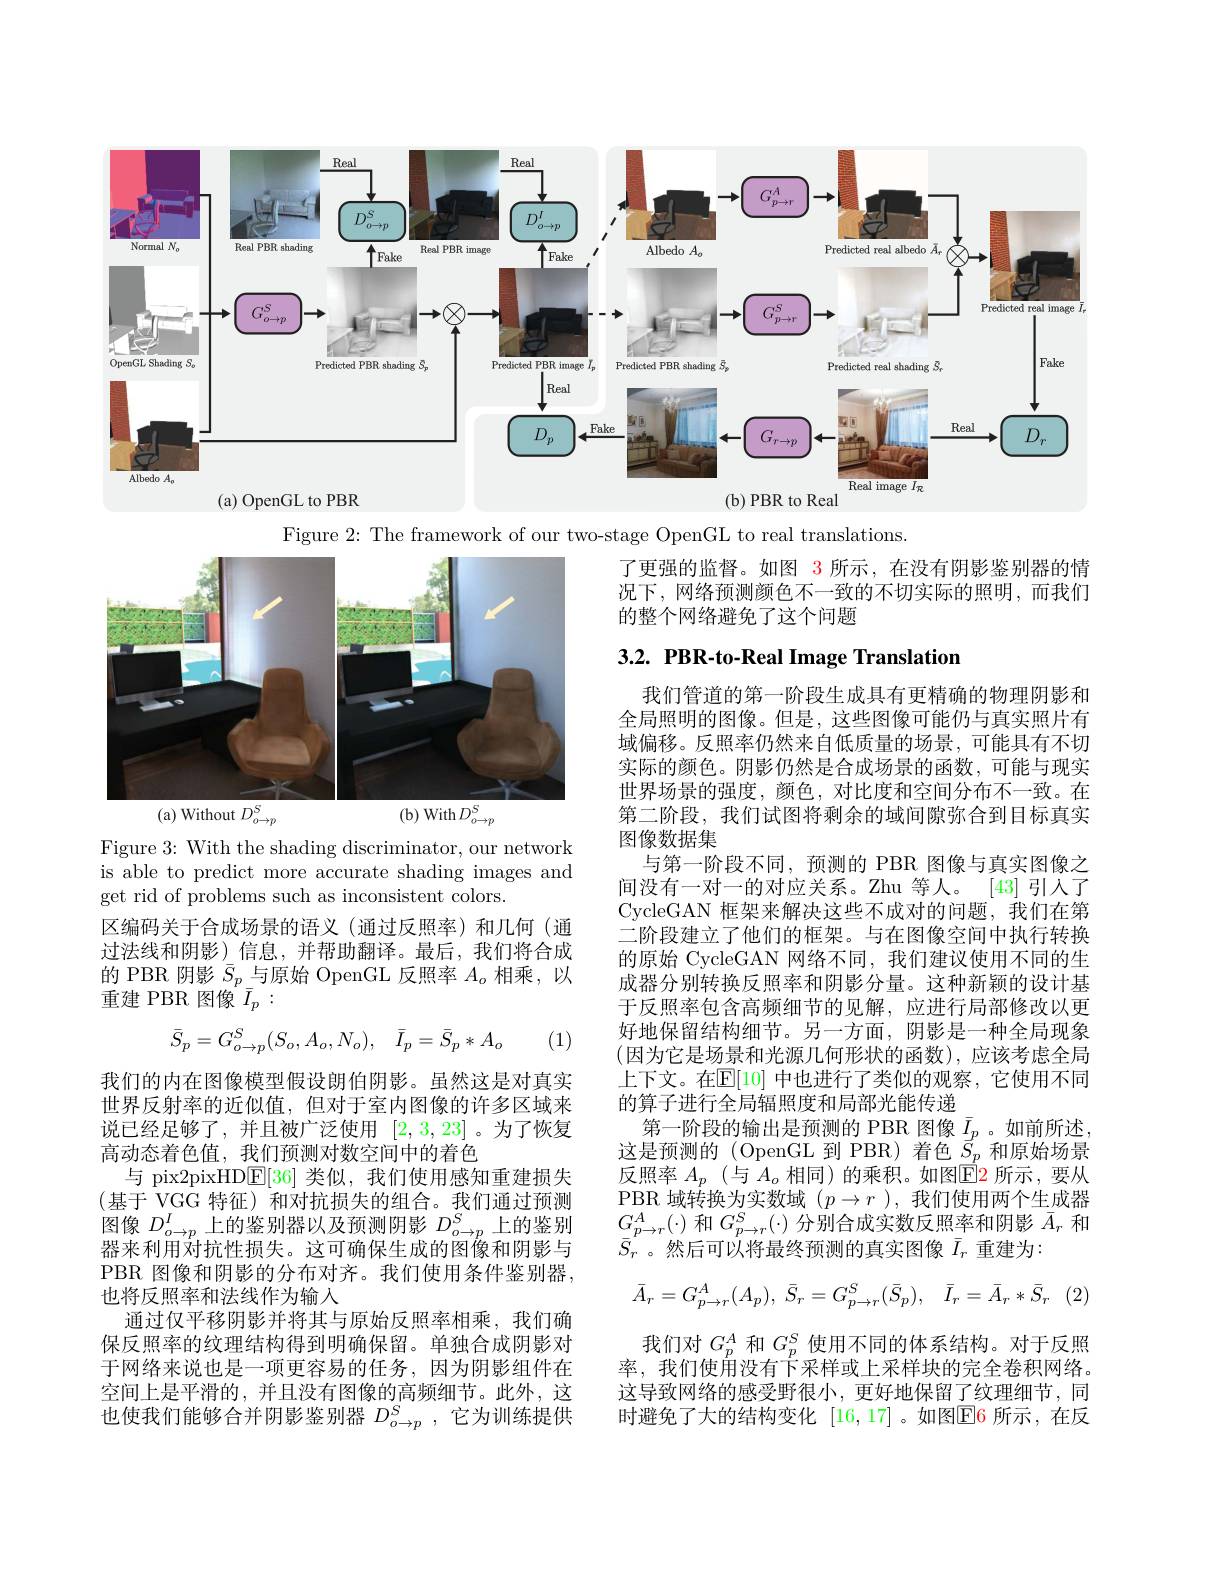
<FigureHere>

Figure 2: The framework of our two-stage OpenGL to real translations.

了更强的监督。如图 3 所示，在没有阴影鉴别器的情况下，网络预测颜色不一致的不切实际的照明，而我们的整个网络避免了这个问题

## 3.2. PBR-to-Real Image Translation

<FigureHere>

Figure 3: With the shading discriminator, our network is able to predict more accurate shading images and get rid of problems such as inconsistent colors.
区编码关于合成场景的语义(通过反照率)和几何(通过法线和阴影)信息，并帮助翻译。最后，我们将合成的 PBR 阴影$\bar{S}_p$与原始 OpenGL 反照率$A_o$相乘，以重建 PBR 图像$\bar{I}_p:$
$$\bar{S}_{p}=G_{o\to p}^{S}(S_{o},A_{o},N_{o}),\quad\bar{I}_{p}=\bar{S}_{p}*A_{o}$$
(1)

我们管道的第一阶段生成具有更精确的物理阴影和全局照明的图像。但是，这些图像可能仍与真实照片有域偏移。反照率仍然来自低质量的场景，可能具有不切实际的颜色。阴影仍然是合成场景的函数，可能与现实世界场景的强度，颜色，对比度和空间分布不一致。在第二阶段，我们试图将剩余的域间隙弥合到目标真实图像数据集
与第一阶段不同，预测的 PBR 图像与真实图像之间没有一对一的对应关系。Zhu 等人。[43]引人了CycleGAN 框架来解决这些不成对的问题，我们在第二阶段建立了他们的框架。与在图像空间中执行转换的原始 CycleGAN 网络不同，我们建议使用不同的生成器分别转换反照率和阴影分量。这种新颖的设计基于反照率包含高频细节的见解，应进行局部修改以更好地保留结构细节。另一方面，阴影是一种全局现象(因为它是场景和光源几何形状的函数),应该考虑全局上下文。在$\mathbb{E}[10]$ 中也进行了类似的观察，它使用不同的算子进行全局辐照度和局部光能传递
第一阶段的输出是预测的 PBR 图像$\bar{I}_p$ 。如前所述这是预测的(OpenGL到PBR)着色$\underline{S}_{p}$和原始场景反照率$A_p$ (与$A_o$相同)的乘积。如图$\overline{\mathbb{E}}$所示，要从PBR 域转换为实数域$(p\to r$ ),我们使用两个生成器$G_{p\to r}^{A}(\cdot)$和$G_p\to r^{S}(\cdot)$分别合成实数反照率和阴影$\bar{A}_r$和$\bar{S}_{r}^{\prime}$。然后可以将最终预测的真实图像$\bar{I}_{r}$重建为：
$$\bar{A}_{r}=G_{p\to r}^{A}(A_{p}),\:\bar{S}_{r}=G_{p\to r}^{S}(\bar{S}_{p}),\:\bar{I}_{r}=\bar{A}_{r}*\bar{S}_{r}$$
我们对$G_p^A$和$G_p^S$使用不同的体系结构。对于反照率，我们使用没有下采样或上采样块的完全卷积网络。这导致网络的感受野很小，更好地保留了纹理细节，同时避免了大的结构变化 [16,17] 。如图$\boxed{\mathrm{E}}$6 所示，在反

我们的内在图像模型假设朗伯阴影。虽然这是对真实世界反射率的近似值，但对于室内图像的许多区域来说已经足够了，并且被广泛使用[2,3,23]。为了恢复高动态着色值，我们预测对数空间中的着色
与 pix2pixHDE[36]类似，我们使用感知重建损失(基于 VGG 特征)和对抗损失的组合。我们通过预测图像$D_o\to p^I$上的鉴别器以及预测阴影$D_o\to p^S$上的鉴别器来利用对抗性损失。这可确保生成的图像和阴影与PBR 图像和阴影的分布对齐。我们使用条件鉴别器， 也将反照率和法线作为输入
通过仅平移阴影并将其与原始反照率相乘，我们确保反照率的纹理结构得到明确保留。单独合成阴影对于网络来说也是一项更容易的任务，因为阴影组件在空间上是平滑的，并且没有图像的高频细节。此外，这也使我们能够合并阴影鉴别器$D_o\to p^S$,它为训练提供